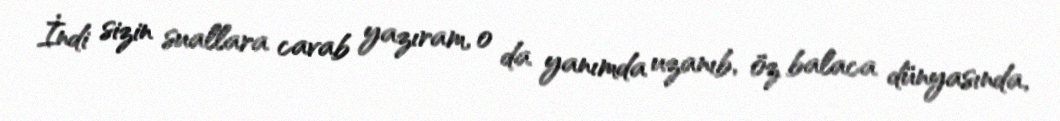
İndi sizin suallara cavab yazıram, o da yanımda uzanıb, öz balaca dünyasında,